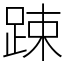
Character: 踈